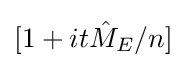
[1+it{\hat {M}}_{E}/n]